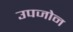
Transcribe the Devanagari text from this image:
उपजोन